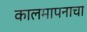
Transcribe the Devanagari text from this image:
कालमापनाचा